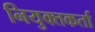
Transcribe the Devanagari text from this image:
नियुक्तकर्ता